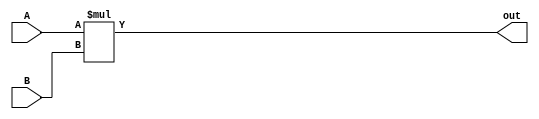

//naiive 4b to 8b multiplier

module multiply4to8 (A, B, out);

    input[3:0] A, B;
    output[7:0] out;
    
    assign out = A*B;

endmodule